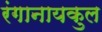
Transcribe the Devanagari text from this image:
रंगानायकुल